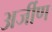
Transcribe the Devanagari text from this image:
अर्जीण